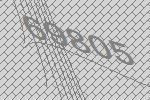
69805